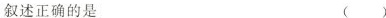
叙述正确的是 ()